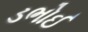
ડભોઈ